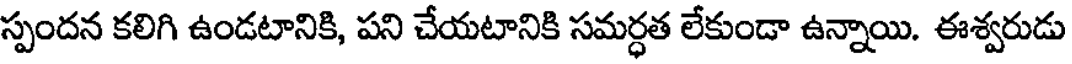
స్పందన కలిగి ఉండటానికి, పని చేయటానికి సమర్ధత లేకుండా ఉన్నాయి. ఈశ్వరుడు